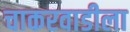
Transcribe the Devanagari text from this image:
चाकरवाडीला